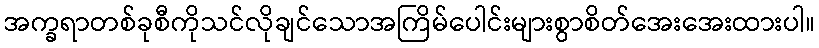
အက္ခရာတစ်ခုစီကိုသင်လိုချင်သောအကြိမ်ပေါင်းများစွာစိတ်အေးအေးထားပါ။